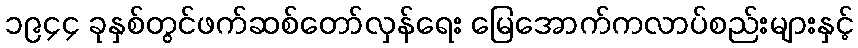
၁၉၄၄ ခုနှစ်တွင်ဖက်ဆစ်တော်လှန်ရေး မြေအောက်ကလာပ်စည်းများနှင့်